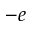
- e